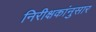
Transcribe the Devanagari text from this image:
निरीक्षकांनुसार